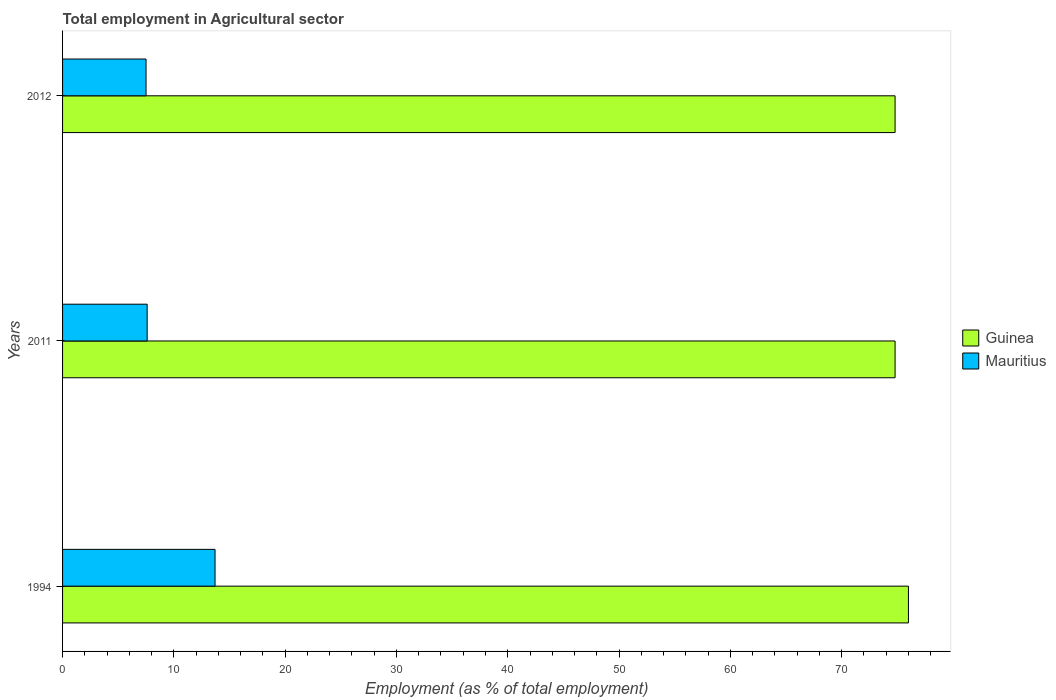
| Years | Guinea | Mauritius |
 | --- | --- | --- |
 | 1994 | 76 | 13.7 |
 | 2011 | 74.8 | 7.6 |
 | 2012 | 74.8 | 7.5 |